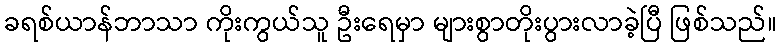
ခရစ်ယာန်ဘာသာ ကိုးကွယ်သူ ဦးရေမှာ များစွာတိုးပွားလာခဲ့ပြီ ဖြစ်သည်။